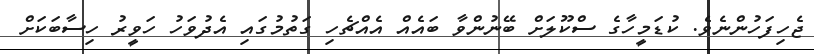
ޖެހިފަހުންނެވެ. ކުޑަމީހާގެ ސްކޫލަށް ބޭނުންވާ ބައެއް އެއްޗެހި ގަތުމުގައި އެދުވަހު ހަވީރު ހިސާބަކަށް